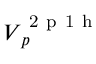
\boldsymbol { V } _ { p } ^ { \mathrm { ~ 2 ~ p ~ 1 ~ h ~ } }